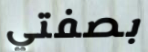
بصفتي